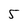
Character: 5